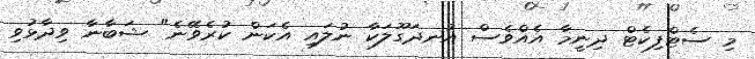
މި ސެޓްފިކެޓް ދިނީމާ އެއްވެސް އުނދަގޫލަކާ ނުލައި އެކަން ކުރެވޭނެ" ޝަބާނާ ވިދާޅުވި